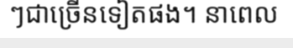
ៗជាច្រើនទៀតផង។ នាពេល